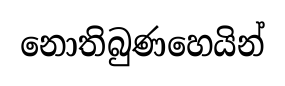
නොතිබුණහෙයින්